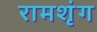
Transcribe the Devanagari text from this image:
रामशृंग